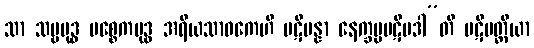
သာ သဗ္ဗဗုဒ္ဓ ပစ္စေကဗုဒ္ဓ အရိယသာဝကေဟိ ပဋိပန္နာ နေက္ခမ္မပဋိပဒါ”တိ ပဋိပတ္တိယာ